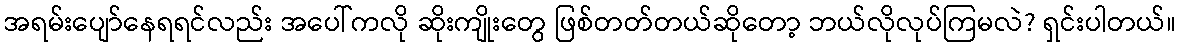
အရမ်းပျော်နေရရင်လည်း အပေါ်ကလို ဆိုးကျိုးတွေ ဖြစ်တတ်တယ်ဆိုတော့ ဘယ်လိုလုပ်ကြမလဲ? ရှင်းပါတယ်။